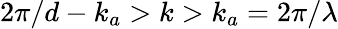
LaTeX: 2\pi/d-k_{a}>k>k_{a}=2\pi/\lambda